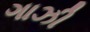
ગાઝી